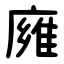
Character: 㢕